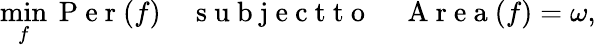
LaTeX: \operatorname*{min}_{f}\mathrm{~P~e~r~}(f)\quad\mathrm{~s~u~b~j~e~c~t~t~o~}\quad\mathrm{~A~r~e~a~}(f)=\omega,